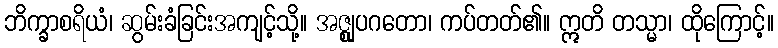
ဘိက္ခာစရိယံ၊ ဆွမ်းခံခြင်းအကျင့်သို့။ အဇ္ဈုပဂတော၊ ကပ်တတ်၏။ ဣတိ တသ္မာ၊ ထိုကြောင့်။